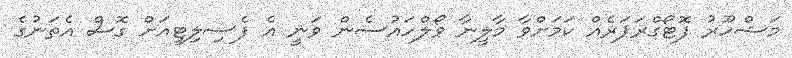
މަޝްހޫރު ފޮޓޯގްރަޕަރެއް ކަމަށްވާ މާލީނާ ވޯލްހައުސެން ވަނީ އެ ފެސިލިޓީއަށް ގޮސް އެތަނުގެ